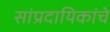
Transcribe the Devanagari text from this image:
सांप्रदायिकांचे